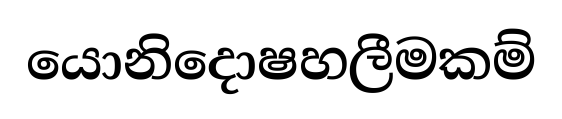
යොනිදොෂහලීමකම්